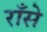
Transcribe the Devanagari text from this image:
राँसे